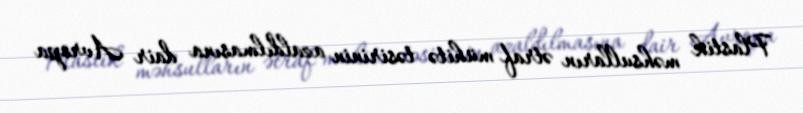
Plastik məhsulların ətraf mühitə təsirinin azaldılmasına dair Avropa